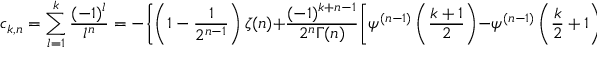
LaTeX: c _ { k , n } = \sum _ { l = 1 } ^ { k } \frac { ( - 1 ) ^ { l } } { l ^ { n } } = - \biggl \{ \left( 1 - \frac { 1 } { 2 ^ { n - 1 } } \right) \zeta ( n ) + \frac { ( - 1 ) ^ { k + n - 1 } } { 2 ^ { n } \Gamma ( n ) } \biggl [ \psi ^ { ( n - 1 ) } \left( \frac { k + 1 } { 2 } \right) - \psi ^ { ( n - 1 ) } \left( \frac { k } { 2 } + 1 \right) \biggr ] \biggr \}